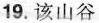
19.该山谷